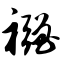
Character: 襁